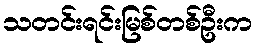
သတင်းရင်းမြစ်တစ်ဦးက